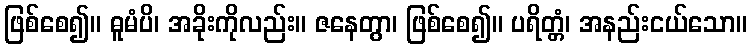
ဖြစ်စေ၍။ ဓူမံပိ၊ အခိုးကိုလည်း။ ဇနေတွာ၊ ဖြစ်စေ၍။ ပရိတ္တံ၊ အနည်းငယ်သော။